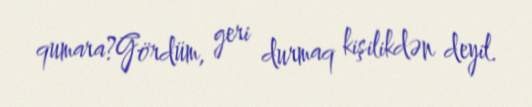
qumara?Gördüm, geri durmaq kişilikdən deyil.